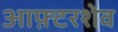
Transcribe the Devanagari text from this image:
आफ़्टरशेव